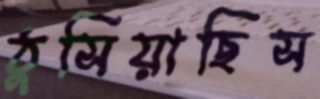
ঠুসিয়াছিস